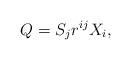
\begin{align*}Q=S_jr^{ij}X_i,\end{align*}